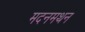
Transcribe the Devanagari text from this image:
मदनमथन